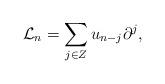
LaTeX: \begin{align*}{\mathcal L}_{n}=\sum_{j\in Z}u_{n-j}\partial^{j},\end{align*}